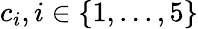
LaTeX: c_{i},i\in\{ 1,...,5\}